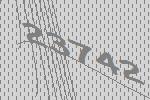
23742